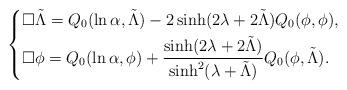
LaTeX: \begin{align*}\begin{cases*}\square \tilde{\Lambda}=Q_0(\ln \alpha, \tilde{\Lambda})-2\sinh(2\lambda +2\tilde{\Lambda})Q_0(\phi,\phi),\\\square \phi =Q_0(\ln \alpha, \phi)+\dfrac{\sinh(2\lambda +2\tilde{\Lambda})}{\sinh^2(\lambda +\tilde{\Lambda})}Q_0(\phi,\tilde{\Lambda}).\end{cases*}\end{align*}